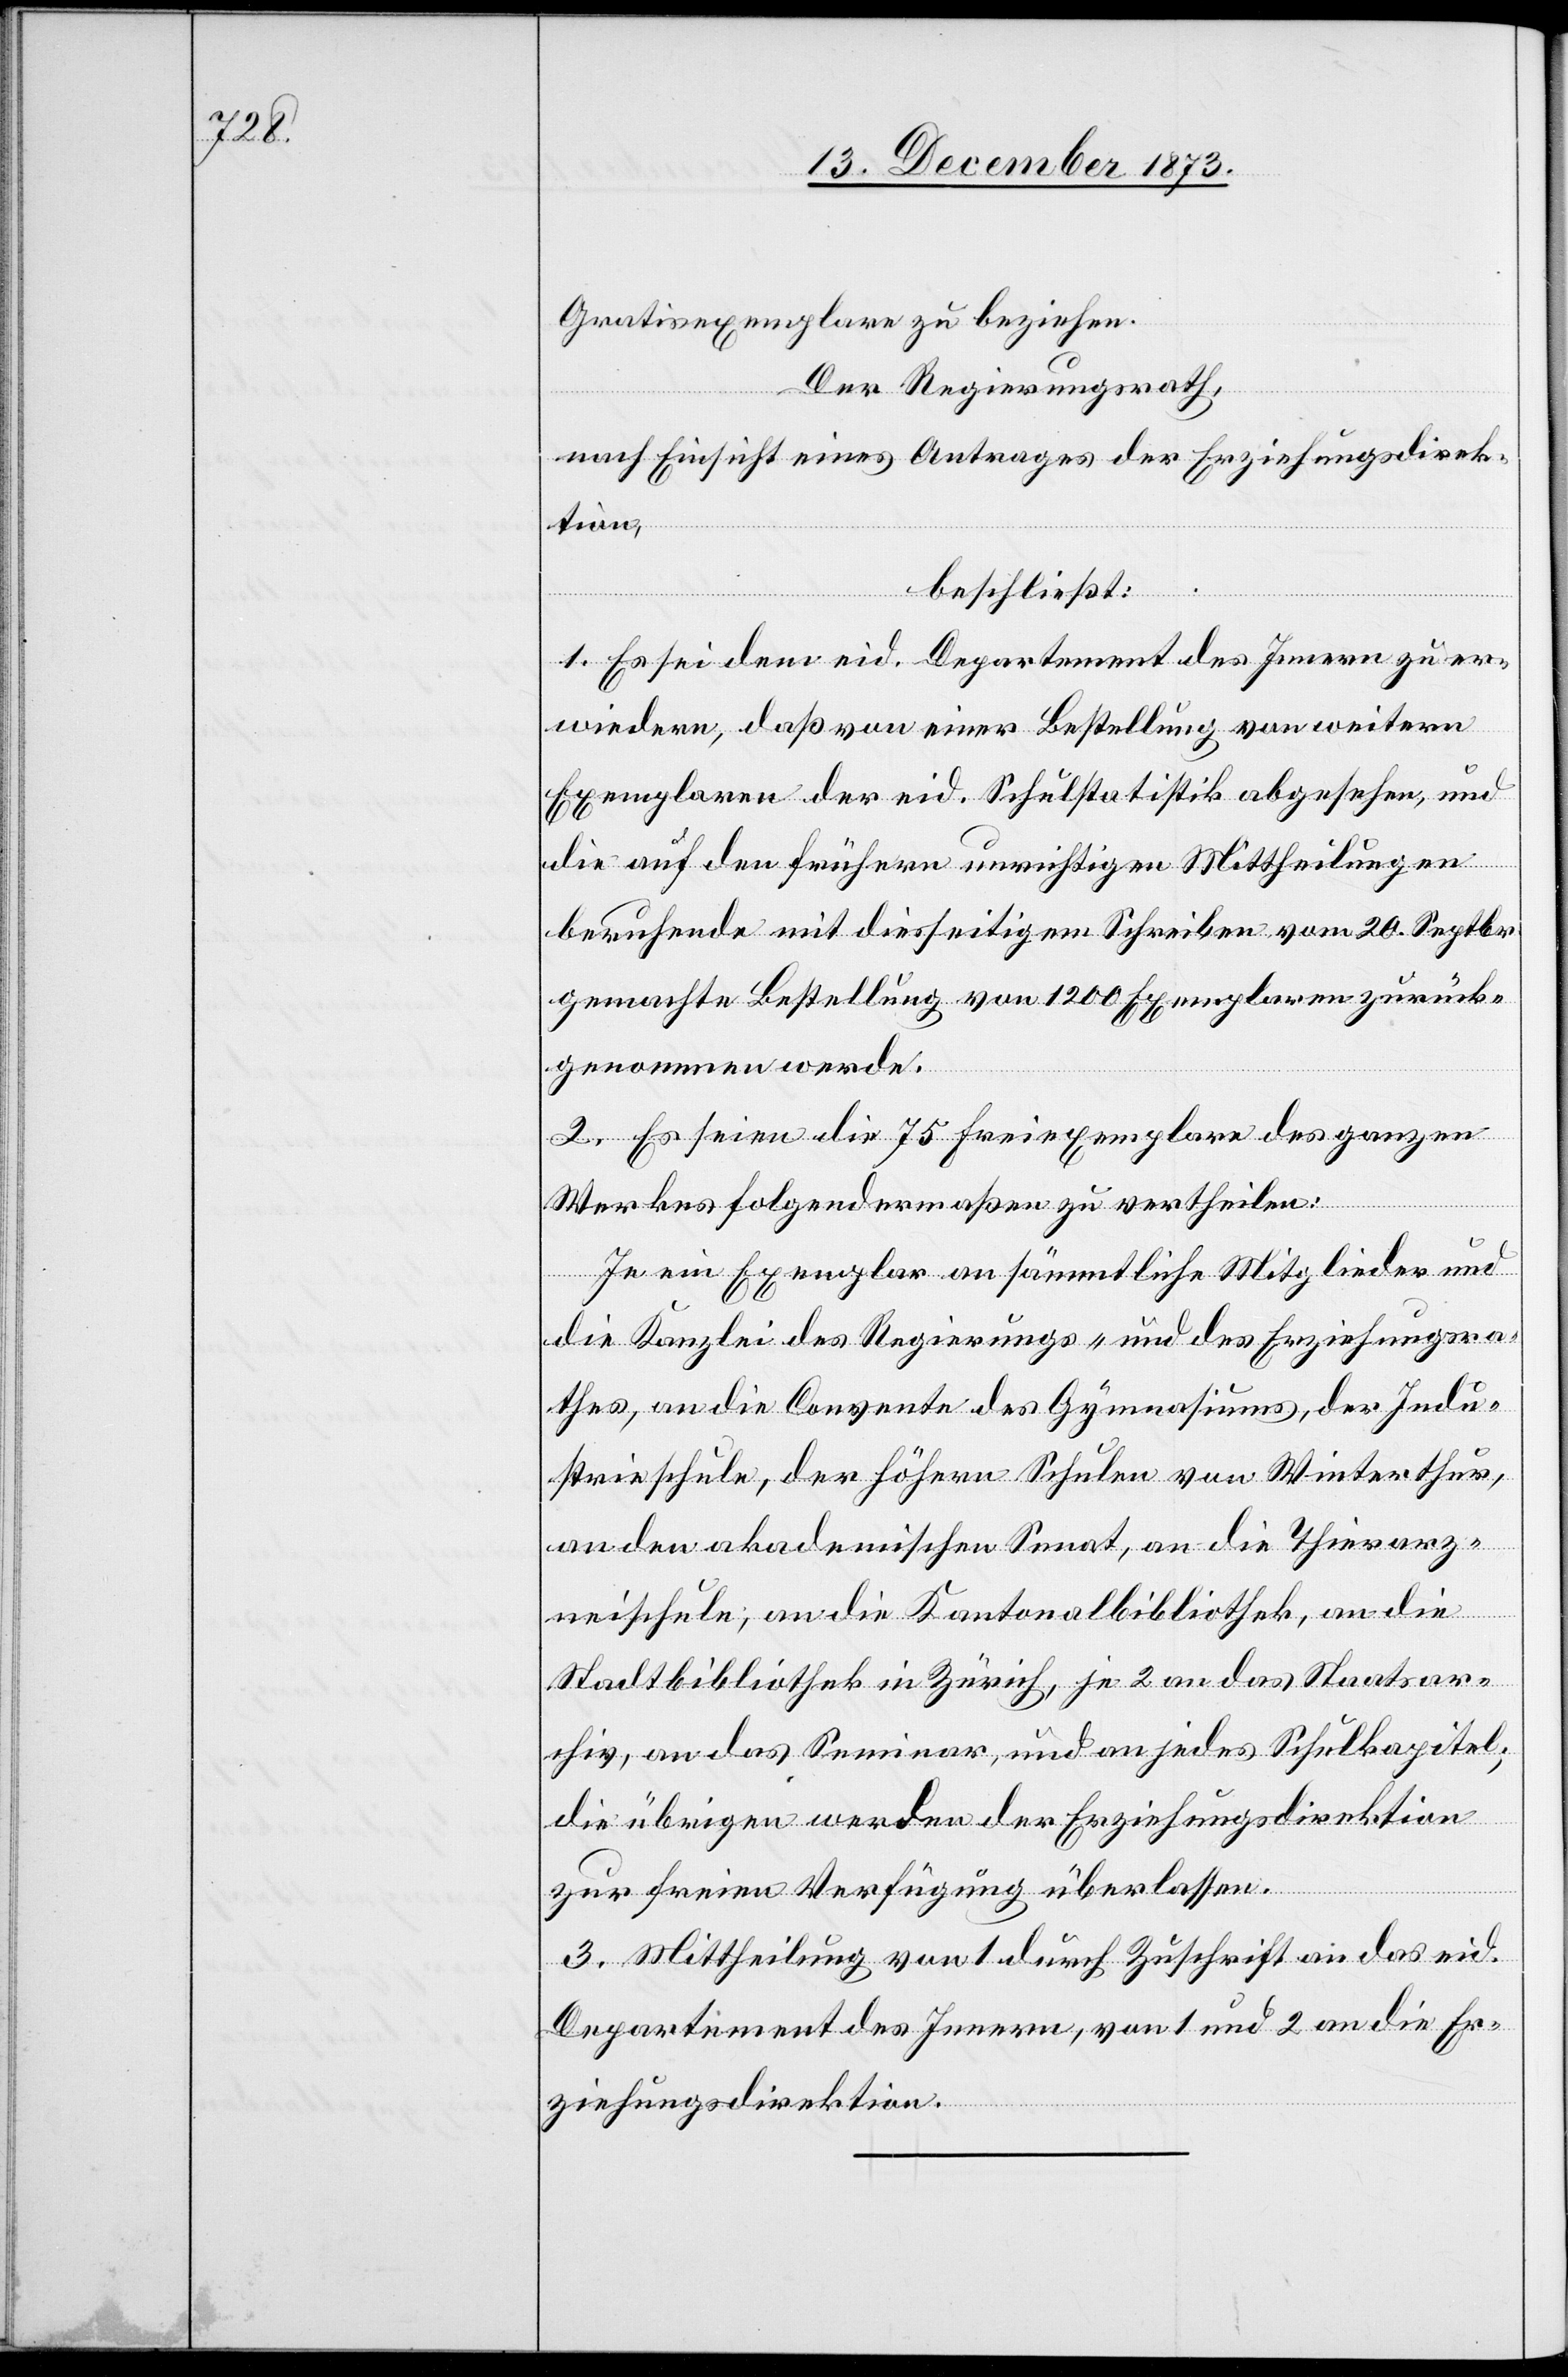
Gratisexemplare zu beziehen.
Der Regierungsrath,
nach Einsicht eines Antrages der Erziehungsdirek¬
tion,
beschließt:
1. Es sei dem eid. Departement des Innern zu er¬
wiedern, daß von einer Bestellung von weitern
Exemplaren der eid. Schulstatistik abgesehen, und
die auf den frühern unrichtigen Mittheilungen
beruhende mit diesseitigem Schreiben vom 20. Septbr.
gemachte Bestellung von 1 200 Exemplaren zurück¬
genommen werde.
2. Es seien die 75 Freiexemplare des ganzen
Werkes folgendermaßen zu vertheilen:
Je ein Exemplar an sämmtliche Mitglieder und
die Kanzlei des Regierungs- und des Erziehungsra¬
thes, an die Convente des Gymnasiums, der Indu¬
strieschule, der höhern Schulen von Winterthur,
an den akademischen Senat, an die Thierarz¬
neischule, an die Kantonalbibliothek, an die
Stadtbibliothek in Zürich, je 2 an das Staatsar¬
chiv, an das Seminar, und an jedes Schulkapitel;
die übrigen werden der Erziehungsdirektion
zur freien Verfügung überlassen.
3. Mittheilung von 1 durch Zuschrift an das eid.
Departement des Innern, von 1 und 2 an die Er¬
ziehungsdirektion.